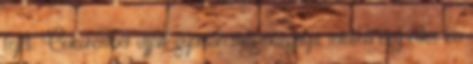
fejét. Cukorember ujjait gyorsan megmozgatja, mintha egy édes kis